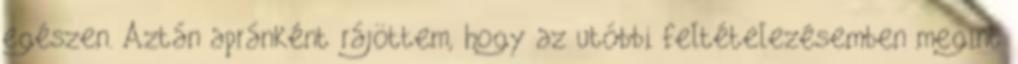
egészen. Aztán apránként rájöttem, hogy az utóbbi fel­tételezésemben megint